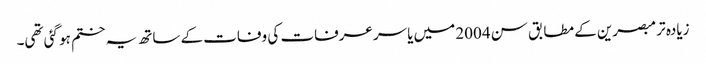
زیادہ تر مبصرین کے مطابق سن 2004 میں یاسر عرفات کی وفات کے ساتھ یہ ختم ہو گئی تھی۔